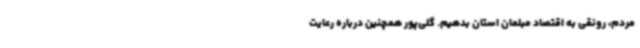
مردم، رونقی به اقتصاد مبلمان استان بدهیم. گلی‌پور همچنین درباره رعایت